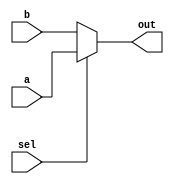
`timescale 1ns / 1ps
//////////////////////////////////////////////////////////////////////////////////
// Company: CSULB
// Engineers: Jose Aceves & Amin Rezaei
// Design Name: 361_Lab1
// Module Name: Mux2to1
// Revision 0.01 - File Created
//////////////////////////////////////////////////////////////////////////////////

module mux2to1(
    input a, 
    input b, 
    input sel, 
    output out
    );
    
    assign out = (sel) ? a : b;
endmodule